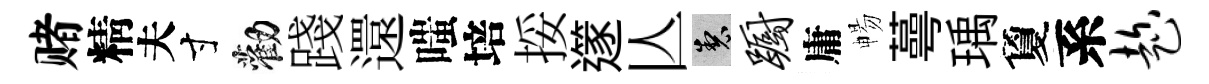
赌精夫寸勸踐還嗤培挼𨗹亾製蹰庸暢蕚瑀夐系趁